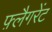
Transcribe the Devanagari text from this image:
फ़्लैगरेंट